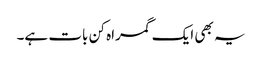
یہ بھی ایک گمراہ کن بات ہے۔